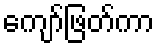
ကျော်ဖြတ်ကာ